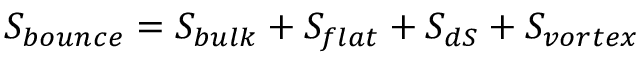
S _ { b o u n c e } = S _ { b u l k } + S _ { f l a t } + S _ { d S } + S _ { v o r t e x }